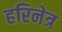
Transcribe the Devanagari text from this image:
हरिनेत्र